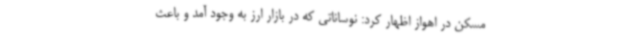
مسکن در اهواز اظهار کرد: نوساناتی که در بازار ارز به وجود آمد و باعث